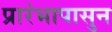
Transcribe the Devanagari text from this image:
प्रारंभापासुन